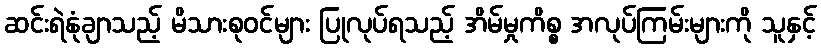
ဆင်းရဲနုံချာသည့် မိသားစုဝင်များ ပြုလုပ်ရသည့် အိမ်မှုကိစ္စ အလုပ်ကြမ်းများကို သူနှင့်